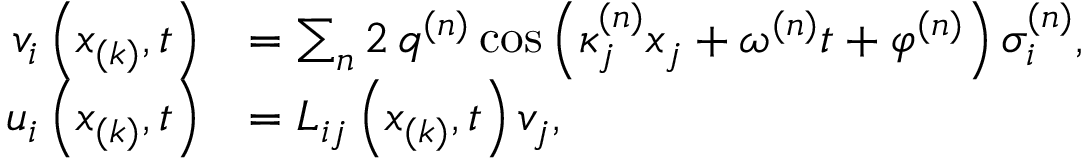
\begin{array} { r l } { v _ { i } \left( x _ { ( k ) } , t \right) } & { = \sum _ { n } 2 \, q ^ { ( n ) } \cos \left( \kappa _ { j } ^ { ( n ) } x _ { j } + \omega ^ { ( n ) } t + \varphi ^ { ( n ) } \right) \sigma _ { i } ^ { ( n ) } , } \\ { u _ { i } \left( x _ { ( k ) } , t \right) } & { = L _ { i j } \left( x _ { ( k ) } , t \right) v _ { j } , } \end{array}